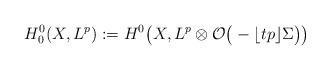
LaTeX: \begin{align*}H^0_0(X,L^p):=H^0\big(X, L^p\otimes\mathcal{O}\big(-\lfloor tp\rfloor\Sigma\big)\big)\end{align*}